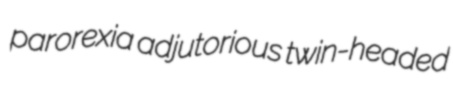
parorexia adjutorious twin-headed